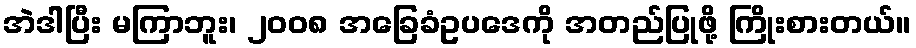
အဲဒါပြီး မကြာဘူး၊ ၂၀၀၈ အခြေခံဥပဒေကို အတည်ပြုဖို့ ကြိုးစားတယ်။